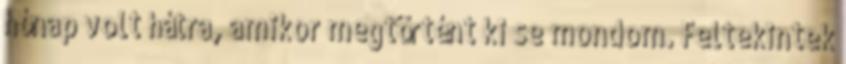
hónap volt hátra, amikor megtörtént ki se mondom. Feltekintek